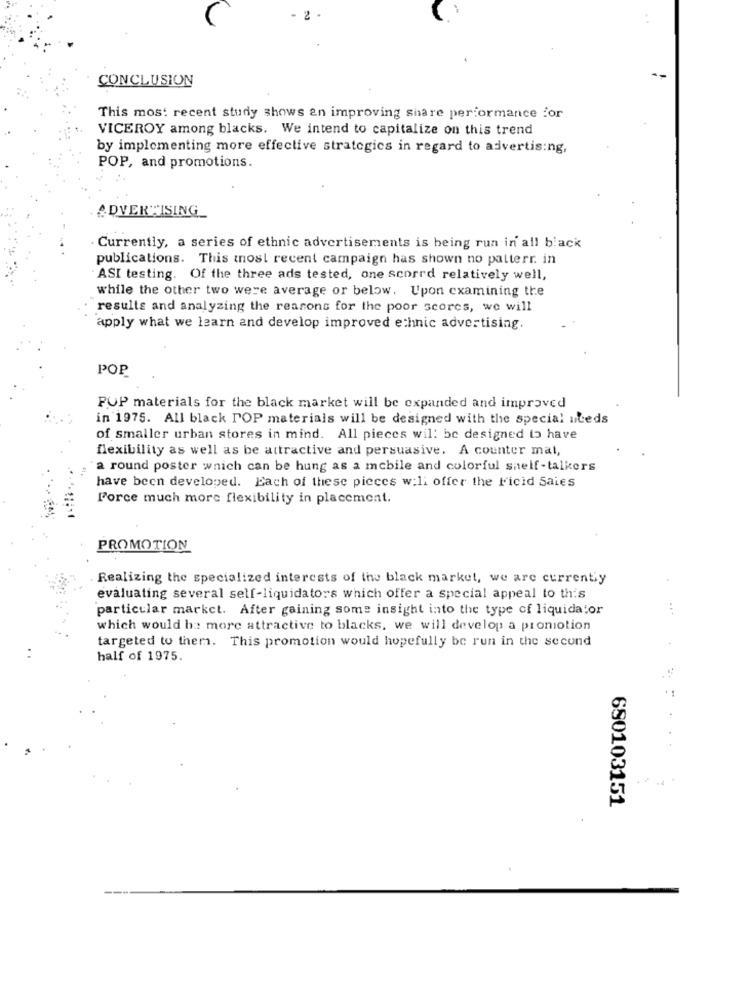
2
CONCLUSION
This most recent study shows an improving share performance for
VICEROY among blacks. We intend to capitalize on this trend
by implementing more effective strategics in regard to advertising,
POP, and promotions.
ADVERTISING_
Currently, a series of ethnic advertisements is being run in all black
publications. This most recent campaign has shown no patterr. in
ASI testing. Of the three ads tested, one scorrd relatively well,
while the other two were average or below. Upon examining the
results and analyzing the reasons for the poor scores, we will
apply what we learn and develop improved ethnic advertising.
POP
POP materials for the black market will be expanded and improved
in 1975. All black POP materials will be designed with the special uteds
of smaller urban stores in mind. All pieces will be designed to have
flexibility as well as be attractive and persuasive. A counter mat,
a round poster which can be hung as a mobile and colorful shelf-talkers
have been developed. Each of these pieces w:1: offer the licid Saies
Force much more flexibility in placement.
PROMOTION
Realizing the specialized interests of the black market, we are currently
evaluating several self-liquidators which offer a special appeal to this
particular market. After gaining some insight into the type of liquidator
...
which would be more attractive to blacks, we will develop a promotion
targeted to them. This promotion would hopefully be run in the second
half of 1975.
680103151